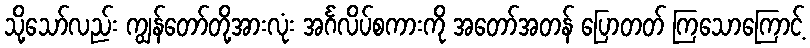
သို့သော်လည်း ကျွန်တော်တို့အားလုံး အင်္ဂလိပ်စကားကို အတော်အတန် ပြောတတ် ကြသောကြောင့်